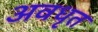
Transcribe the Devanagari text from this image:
अवधृत